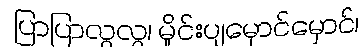
ပြာပြာလွလွ၊ မှိုင်းပျမှောင်မှောင်၊